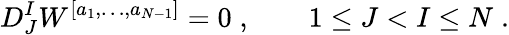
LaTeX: D_{J}^{I}W^{[a_{1},\ldots,a_{N-1}]}=0\; ,\qquad 1\leq J<I\leq N\; .